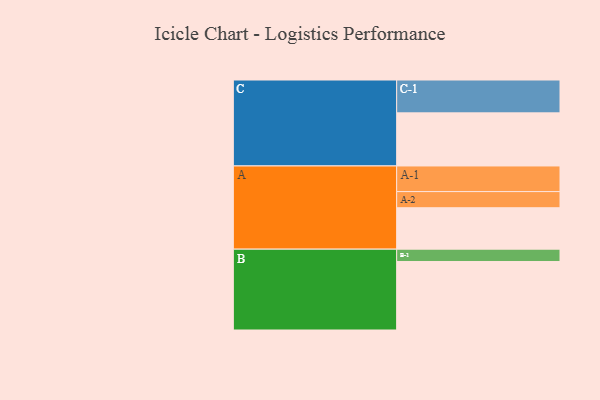
{"axis": {"x": "Segment", "y": "Value"}, "legend": ["", "A", "B", "C"], "data": [{"x": "A", "y": 315, "type": ""}, {"x": "B", "y": 521, "type": ""}, {"x": "C", "y": 404, "type": ""}, {"x": "A-1", "y": 195, "type": "A"}, {"x": "A-2", "y": 123, "type": "A"}, {"x": "B-1", "y": 94, "type": "B"}, {"x": "C-1", "y": 250, "type": "C"}]}